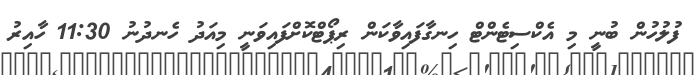
ފުލުހުން ބުނީ މި އެކްސިޓެންޓް ހިނގާފައިވާކަން ރިޕޯޓްކޮށްފައިވަނީ މިއަދު ހެނދުނު 11:30 ހާއިރު